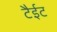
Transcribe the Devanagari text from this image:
टैईट